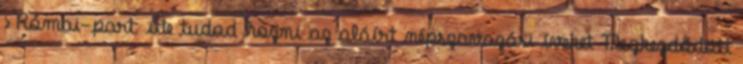
›Római-part: ide tudod hozni az aláírt népszavazási íveket Megkezdődött